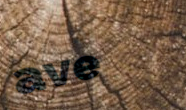
ave